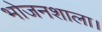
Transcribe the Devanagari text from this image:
भोजनशाला।